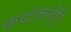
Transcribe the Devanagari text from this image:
कदाचनेति